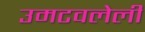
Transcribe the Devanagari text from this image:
उमटवलेली